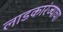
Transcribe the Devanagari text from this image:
लाडकारंज्याचा